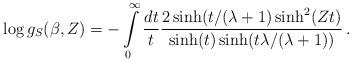
LaTeX: \begin{align*}\log g_S(\beta ,Z)=-\int\limits^\infty_0\frac{dt}{t}\frac{2\sinh(t/(\lambda +1)\sinh^2(Zt)}{\sinh (t)\sinh (t\lambda/(\lambda +1))}\,.\end{align*}